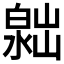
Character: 𣻮